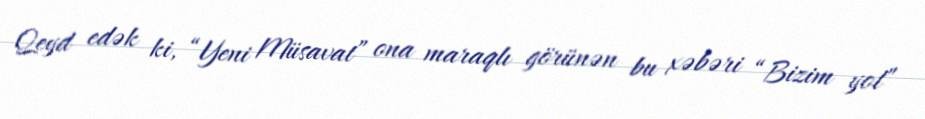
Qeyd edək ki, “Yeni Müsavat” ona maraqlı görünən bu xəbəri “Bizim yol”